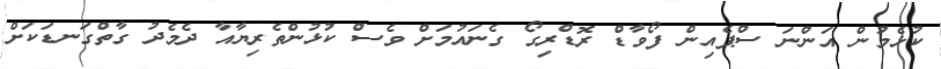
ކުޅެމުން އަންނަ ސްޕެއިން ފޯވާޑް ރޮޑްރިގޯ ގެނައުމަށް ވެސް ކުޅުންތެރިޔާއާ ދެމެދު ގާތްގަނޑަކަށް